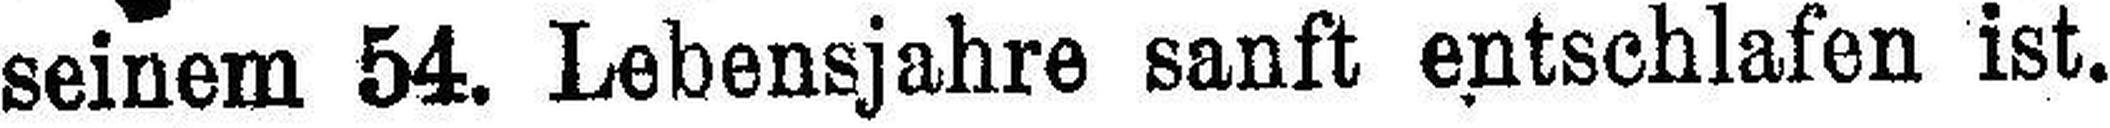
seinem 54. Lebensjahre sanft entschlafen ist.